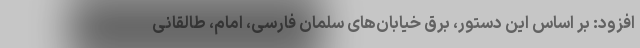
افزود: بر اساس این دستور، برق خیابان‌های سلمان فارسی، امام، طالقانی